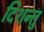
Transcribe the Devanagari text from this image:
दिशन्तु